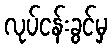
လုပ်ငန်းခွင်မှ